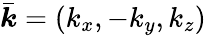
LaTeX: \bar{\boldsymbol{k}}=(k_{x},-k_{y},k_{z})